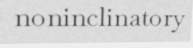
noninclinatory